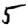
Digit: 5